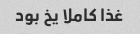
غذا کاملا یخ بود